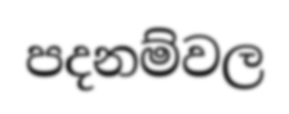
පදනම්වල